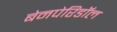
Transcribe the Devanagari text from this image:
बेनपेरिडॉल